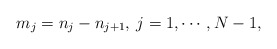
\begin{align*}m_j = n_j - n_{j+1}, \> j = 1, \cdots, N-1,\end{align*}